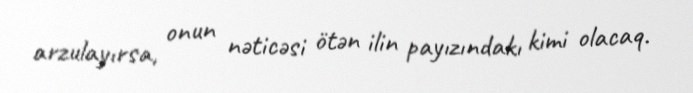
arzulayırsa, onun nəticəsi ötən ilin payızındakı kimi olacaq.